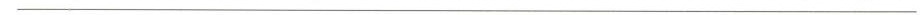
___